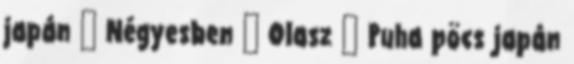
japán ▪ Négyesben ▪ Olasz ▪ Puha pöcs japán